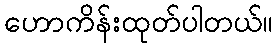
ဟောကိန်းထုတ်ပါတယ်။